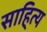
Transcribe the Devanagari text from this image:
साहि्त्य